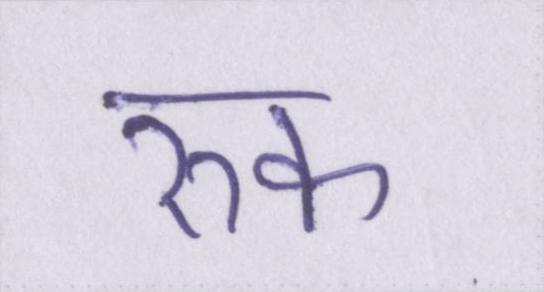
रुक